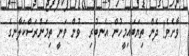
ވާށެވެ! ދެން ތިޔަބައިމީހުން އެނބުރި  ވުން ވަނީ ތިމަންރަސްކަލާނގެ